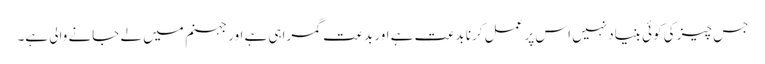
جس چیز کی کوئی بنیاد نہیں اس پر عمل کرنا بدعت ہے اور بدعت گمراہی ہے اور جہنم میں لے جانے والی ہے۔